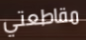
مقاطعتي